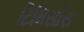
ટિમિસોરા